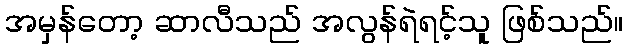
အမှန်တော့ ဆာလီသည် အလွန်ရဲရင့်သူ ဖြစ်သည်။